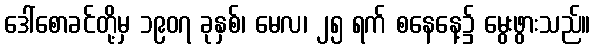
ဒေါ်စောခင်တို့မှ ၁၉၀၇ ခုနှစ်၊ မေလ၊ ၂၅ ရက် စနေနေ့၌ မွေးဖွားသည်။